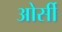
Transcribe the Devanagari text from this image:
ओर्सी